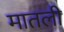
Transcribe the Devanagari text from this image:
मातली